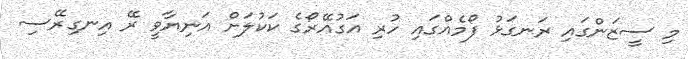
މި ސީޒަންގައި ރަނގަޅު ފޯމެއްގައި ހުރި އަގުއޭރޯގެ ކަކުލަށް އަނިޔާވީ ރޭ އިނގިރޭސި